Leningradi_Edasi_toimetus, lk 91
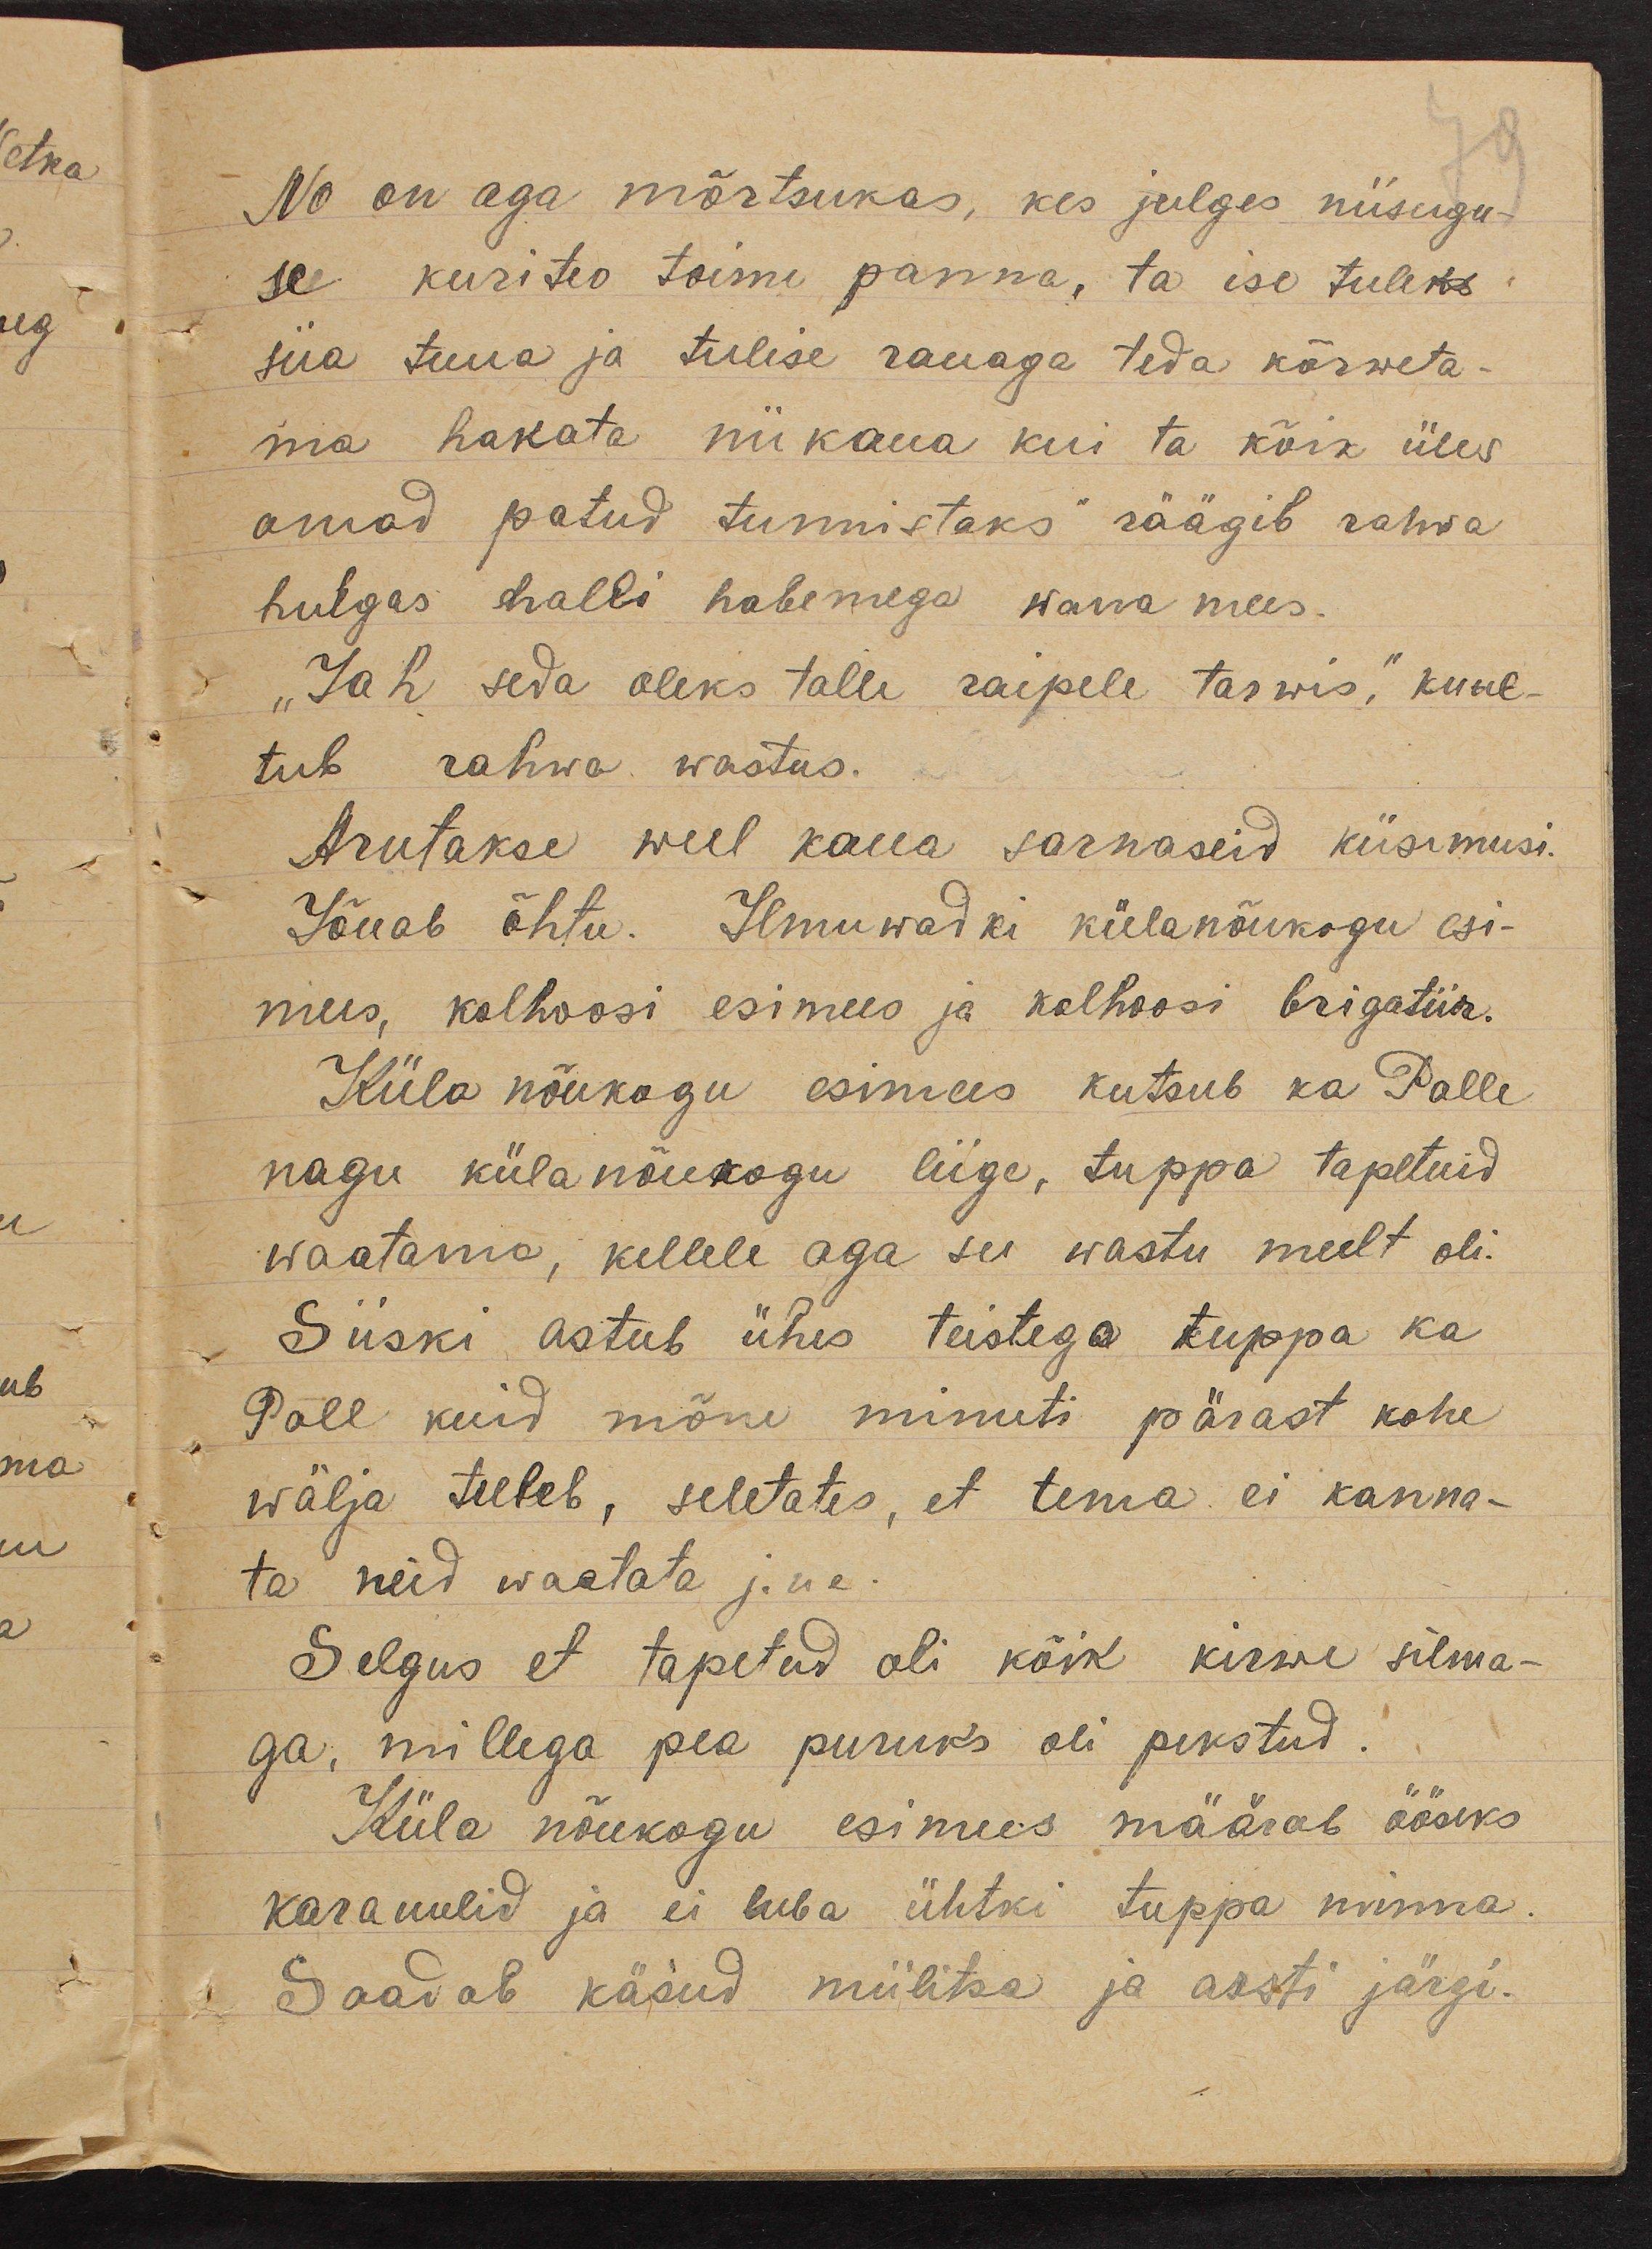
No on aga mõrtsukas, kes julges niisugu-
se kuriteo toime panna, ta ise tuleks
siia tuua ja tulise rauaga teda kõrweta-
ma hakata niikaua kui ta kõik üles
omad patud tunnistaks" räägib rahwa
hulgas halli habemega wana mees.
"Jah seda oleks talle raipele tarwis," kuul-
tub rahwa wastus.
Arutakse weel kaua sarnaseid küsimusi.
Jõuab õhtu. Ilmuwadki külanõukogu esi-
mees, kolhoosi esimees ja kolhoosi brigatiir.
Küla nõukogu esimees kutsub ka Polle
nagu külanõukogu liige, tuppa tapetuid
waatama, kellele aga see wastu meelt oli.
Siiski astub ühes teistega tuppa ka
Poll kuid mõne minuti pärast kohe
wälja tuleb, seletates, et tema ei kanna-
ta neid waatata j. ne.
Selgus et tapetud oli kõik kirwe silma-
ga, millega pea puruks oli pekstud.
Küla nõukogu esimees määrab ööseks
karauulid ja ei luba ühtki tuppa minna.
Saadab käsud miilitsa ja arsti järgi.